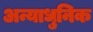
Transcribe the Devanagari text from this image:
अन्याधुनिक